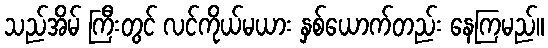
သည်အိမ် ကြီးတွင် လင်ကိုယ်မယား နှစ်ယောက်တည်း နေကြမည်။